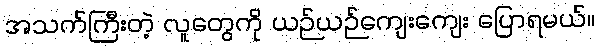
အသက်ကြီးတဲ့ လူတွေကို ယဉ်ယဉ်ကျေးကျေး ပြောရမယ်။